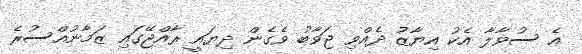
އެ ސުވާލާ އެކު އިޔާޒު ދެއްވި ޖަވާބު ވެގެން ދިޔައީ ރާއްޖޭގައި ޒަމާނުއްސުރެ